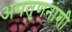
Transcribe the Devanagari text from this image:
अपतृणनाशी